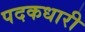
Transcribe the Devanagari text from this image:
पदकधारी